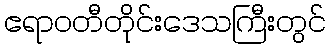
ဧရာဝတီတိုင်းဒေသကြီးတွင်